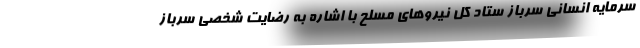
سرمایه انسانی سرباز ستاد کل نیروهای مسلح با اشاره به رضایت شخصی سرباز